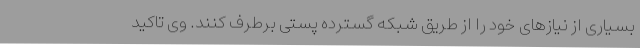
بسیاری از نیازهای خود را از طریق شبکه گسترده پستی برطرف کنند. وی تاکید